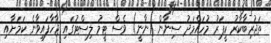
ތަޖުރިބާކާރު ކީޕަރު މުހައްމަދު ސިނާން (ނާނީ) ވެސް ޓީމު ލިސްޓުގައި ޖާހާފައިވާނެ ކަމަށާއި